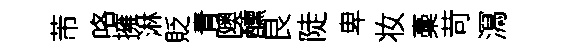
芾咯擁淋貶青隩醺艮陡卑妆稾苛㵼